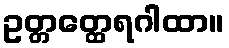
ဥတ္တတ္ထေရဂါထာ။